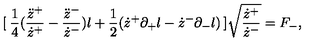
[ \: \frac { 1 } { 4 } ( \frac { \ddot { z } ^ { + } } { \dot { z } ^ { + } } - \frac { \ddot { z } ^ { - } } { \dot { z } ^ { - } } ) l + \frac { 1 } { 2 } ( \dot { z } ^ { + } \partial _ { + } l - \dot { z } ^ { - } \partial _ { - } l ) \: ] \sqrt { \frac { \dot { z } ^ { + } } { \dot { z } ^ { - } } } = F _ { - } ,